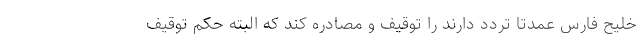
خلیح فارس عمدتا تردد دارند را توقیف و مصادره کند که البته حکم توقیف